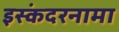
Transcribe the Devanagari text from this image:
इस्कंदरनामा